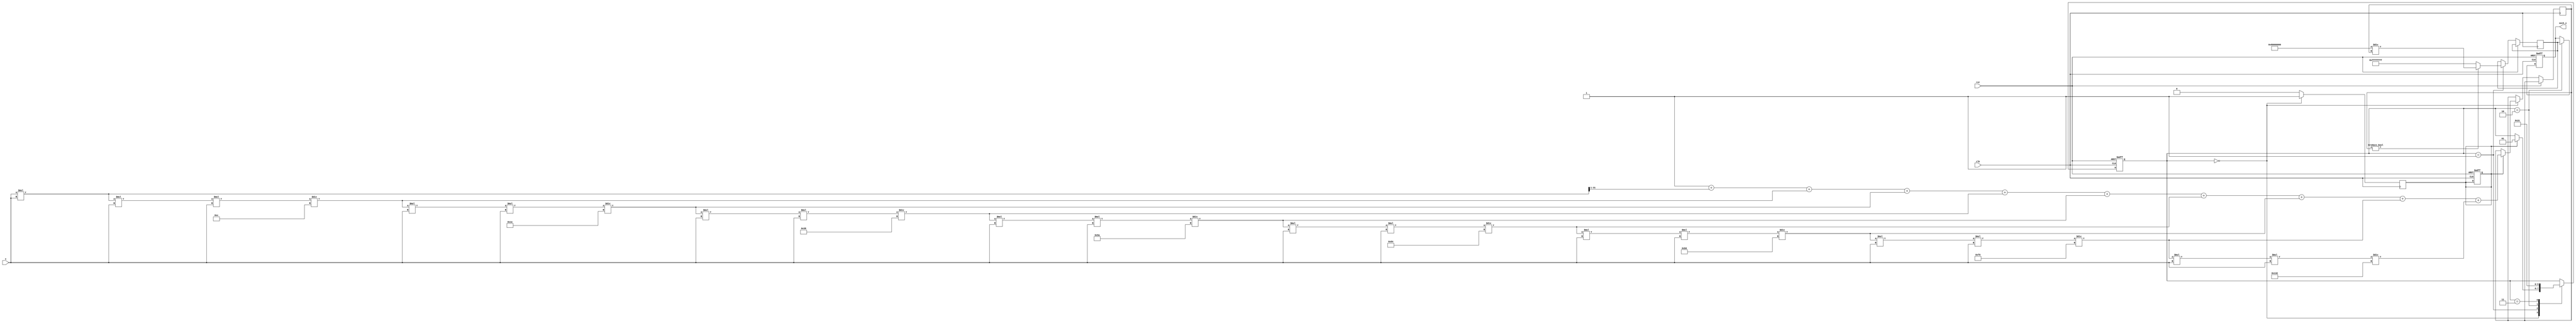
module hyperbolic_secant (
    input wire [31:0] x,        // Input signal (floating-point representation)
    output reg [31:0] sech_x,   // Output signal (sech(x))
    input wire clk,             // Clock signal
    input wire rst              // Reset signal
);

    // Internal signals
    reg [31:0] cosh_x;          // Intermediate result for cosh(x)
    reg [31:0] reciprocal;       // Intermediate result for 1/cosh(x)
    reg [1:0] state;            // State for control logic
    reg start;                  // Start signal for computation

    // State encoding
    localparam IDLE = 2'b00,
               COSH_CALC = 2'b01,
               RECIPROCAL_CALC = 2'b10,
               DONE = 2'b11;

    // Hyperbolic cosine approximation (Taylor series)
    function [31:0] hyperbolic_cosine;
        input [31:0] x;
        reg [31:0] term;
        reg [31:0] sum;
        integer i;
        begin
            sum = 32'h00000001; // cosh(0) = 1
            term = x * x; // x^2
            sum = sum + (term >> 1); // cosh(x) = 1 + x^2/2!

            // Add more terms for better precision
            for (i = 2; i < 10; i = i + 1) begin
                term = (term * x * x) / ((2*i) * (2*i - 1)); // x^(2*i)/(2*i)!
                sum = sum + term;
            end
            hyperbolic_cosine = sum;
        end
    endfunction

    // Reciprocal approximation using simple division
    function [31:0] reciprocal_func;
        input [31:0] value;
        begin
            if (value != 0) begin
                reciprocal_func = (32'h80000000 / value); // Simple division approximation
            end else begin
                reciprocal_func = 32'hFFFFFFFF; // Handle division by zero
            end
        end
    endfunction

    // Sequential logic for state machine
    always @(posedge clk or posedge rst) begin
        if (rst) begin
            state <= IDLE;
            sech_x <= 32'h00000000;
            start <= 1'b0;
        end else begin
            case (state)
                IDLE: begin
                    if (start) begin
                        cosh_x <= hyperbolic_cosine(x);
                        state <= COSH_CALC;
                    end
                end
                COSH_CALC: begin
                    reciprocal <= reciprocal_func(cosh_x);
                    state <= RECIPROCAL_CALC;
                end
                RECIPROCAL_CALC: begin
                    sech_x <= reciprocal;
                    state <= DONE;
                end
                DONE: begin
                    // Ready for next calculation
                    state <= IDLE;
                end
            endcase
        end
    end

    // Control signal to start computation
    always @(posedge clk) begin
        if (state == IDLE) begin
            start <= 1'b1; // Trigger computation
        end else begin
            start <= 1'b0; // Reset start signal
        end
    end

endmodule